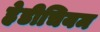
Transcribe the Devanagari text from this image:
हेडीचियम